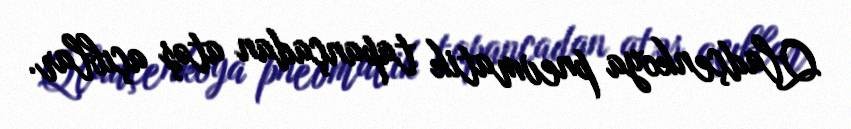
Qladçenkoya pnevmatik tapançadan atəş açıblar.